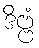
ဒိဗ္ဗံ